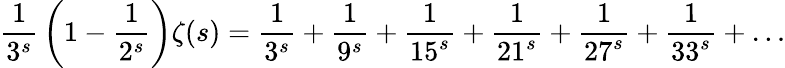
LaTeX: {\frac{1}{3^{s}}}\left(1-{\frac{1}{2^{s}}}\right)\zeta(s)={\frac{1}{3^{s}}}+{\frac{1}{9^{s}}}+{\frac{1}{15^{s}}}+{\frac{1}{21^{s}}}+{\frac{1}{27^{s}}}+{\frac{1}{33^{s}}}+\ldots